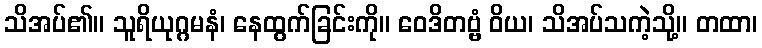
သိအပ်၏။ သူရိယုဂ္ဂမနံ၊ နေထွက်ခြင်းကို။ ဝေဒိတဗ္ဗံ ဝိယ၊ သိအပ်သကဲ့သို့။ တထာ၊